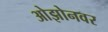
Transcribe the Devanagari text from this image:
ओझोनवर